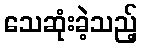
သေဆုံးခဲ့သည့်